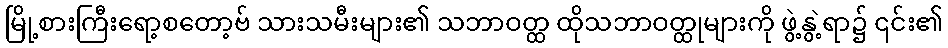
မြို့စားကြီးရော့စတော့ဗ် သားသမီးများ၏ သဘာဝတ္ထ ထိုသဘာဝတ္ထုများကို ဖွဲ့နွဲ့ရာ၌ ၎င်း၏